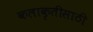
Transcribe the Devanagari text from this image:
कलाकृतीसाठी